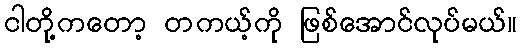
ငါတို့ကတော့ တကယ့်ကို ဖြစ်အောင်လုပ်မယ်။